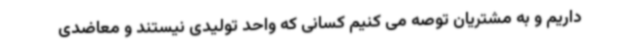
داریم و به مشتریان توصه می کنیم کسانی که واحد تولیدی نیستند و معاضدی